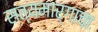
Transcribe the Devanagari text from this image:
सत्यमार्गाचा